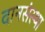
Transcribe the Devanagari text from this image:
दानसंस्था